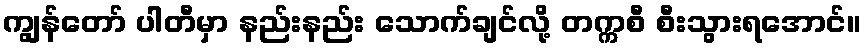
ကျွန်တော် ပါတီမှာ နည်းနည်း သောက်ချင်လို့ တက္ကစီ စီးသွားရအောင်။